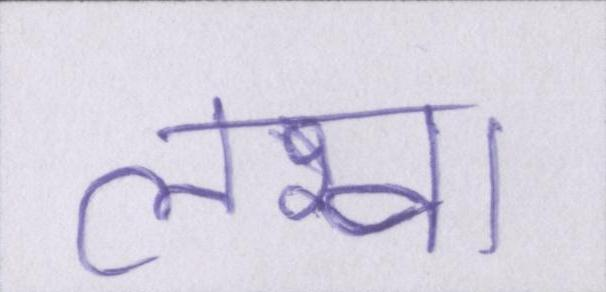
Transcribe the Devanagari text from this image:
लखा